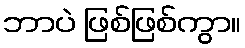
ဘာပဲ ဖြစ်ဖြစ်ကွာ။